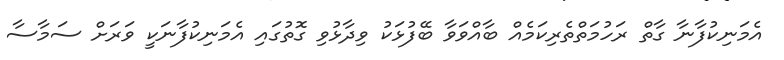
އެމަނިކުފާނާ ގާތް ރަހުމަތްތެރިކަމެއް ބާއްވަވާ ބޭފުޅަކު ވިދާޅުވި ގޮތުގައި އެމަނިކުފާނަކީ ވަރަށް ސަމާސާ